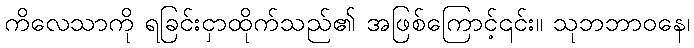
ကိလေသာကို ရခြင်းငှာထိုက်သည်၏ အဖြစ်ကြောင့်၎င်း။ သုဘဘာဝနေ၊